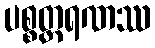
ပစ္စတ္ထရဏဿ